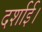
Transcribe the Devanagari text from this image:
दर्शाई।